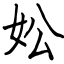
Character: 妐